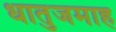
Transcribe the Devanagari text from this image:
धातुजमाह